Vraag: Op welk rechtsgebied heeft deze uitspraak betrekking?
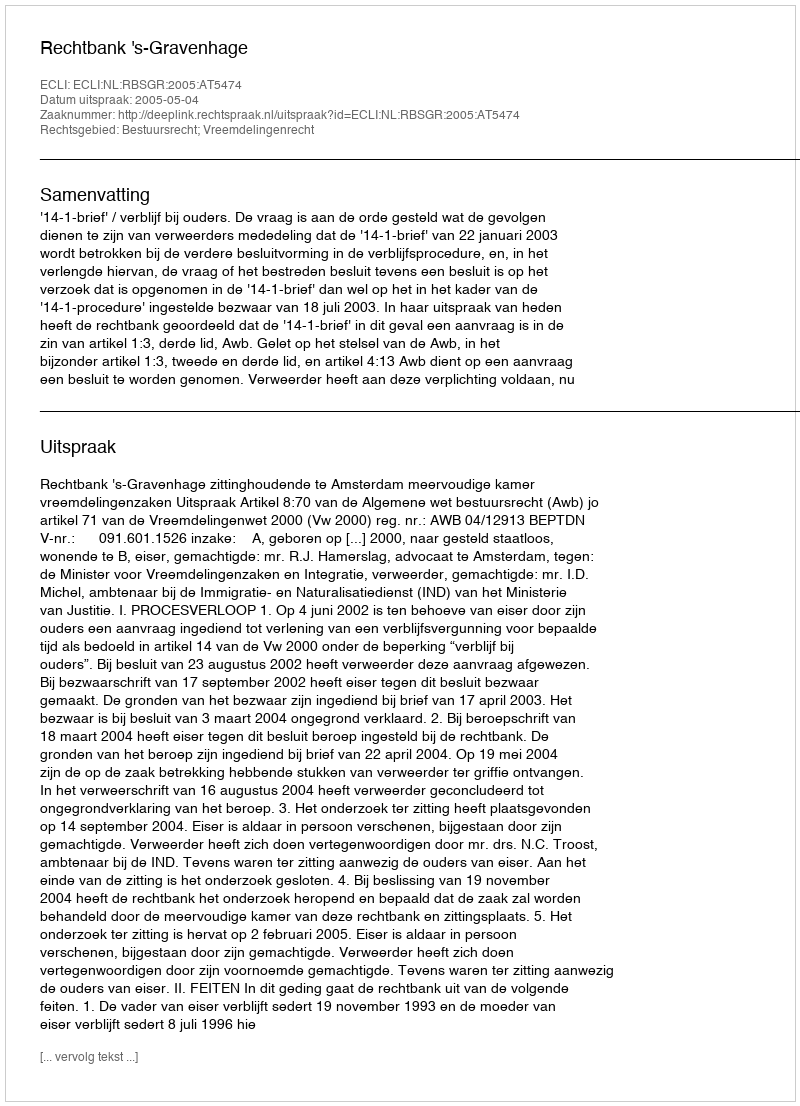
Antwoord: Bestuursrecht; Vreemdelingenrecht